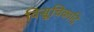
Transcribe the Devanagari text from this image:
विसूचिकादि